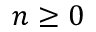
n \geq 0